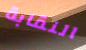
النقابة